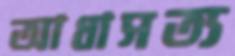
আধাসত্য